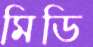
মিডি